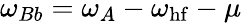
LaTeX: \omega_{Bb}=\omega_{A}-\omega_{\mathrm{hf}}-\mu